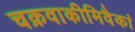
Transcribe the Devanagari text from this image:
चक्रवाकीमिवैकां